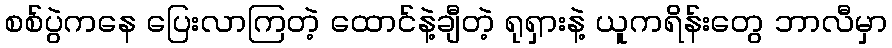
စစ်ပွဲကနေ ပြေးလာကြတဲ့ ထောင်နဲ့ချီတဲ့ ရုရှားနဲ့ ယူကရိန်းတွေ ဘာလီမှာ